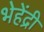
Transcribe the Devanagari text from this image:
भेहेंद्री